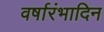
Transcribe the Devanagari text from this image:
वर्षारंभादिन